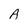
Character: A